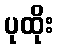
ပုထိုး